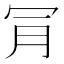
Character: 𣍟